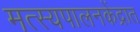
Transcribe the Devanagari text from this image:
मत्स्यपालनकेंद्रात